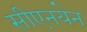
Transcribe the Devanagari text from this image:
सीएनयेन